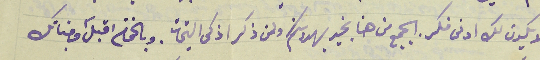
لا يكون لك ادنى فكر. الجميع من هنا بخير يهدونكم ولمن ذكر اذكى التحيات. وبالختام اقبل وجناتك